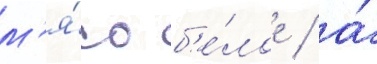
м'я́со б'е́лое / а́